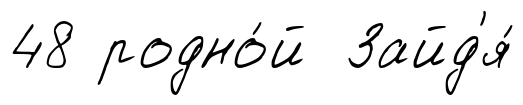
48 родно́й Зайд'я́